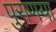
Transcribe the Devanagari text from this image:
पुराणया